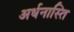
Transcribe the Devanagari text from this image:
अर्धनास्ति